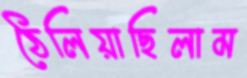
ঠেলিয়াছিলাম